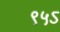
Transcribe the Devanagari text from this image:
९५ऽ